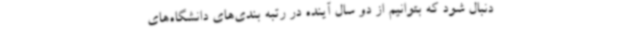
دنبال شود که بتوانیم از دو سال آینده در رتبه بندی‌های دانشگاه‌های